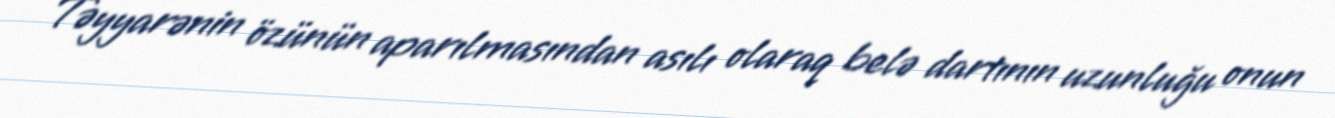
Təyyarənin özünün aparılmasından asılı olaraq belə dartının uzunluğu onun